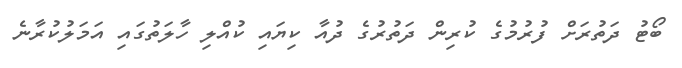
ބޯޓު ދަތުރަށް ފުރުމުގެ ކުރިން ދަތުރުގެ ދުއާ ކިޔައި ކުއްލި ހާލަތުގައި އަމަލުކުރާނެ